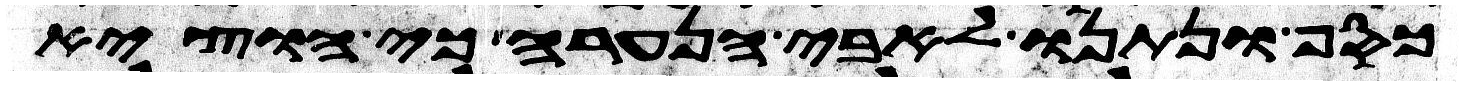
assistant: כסף ונתנו לאבי הנערה כי הוציא